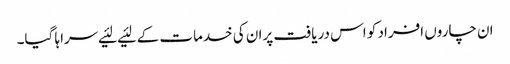
ان چاروں‌ افراد کو اس دریافت پران کی خدمات کے لئیے لئیے سراہا گیا۔